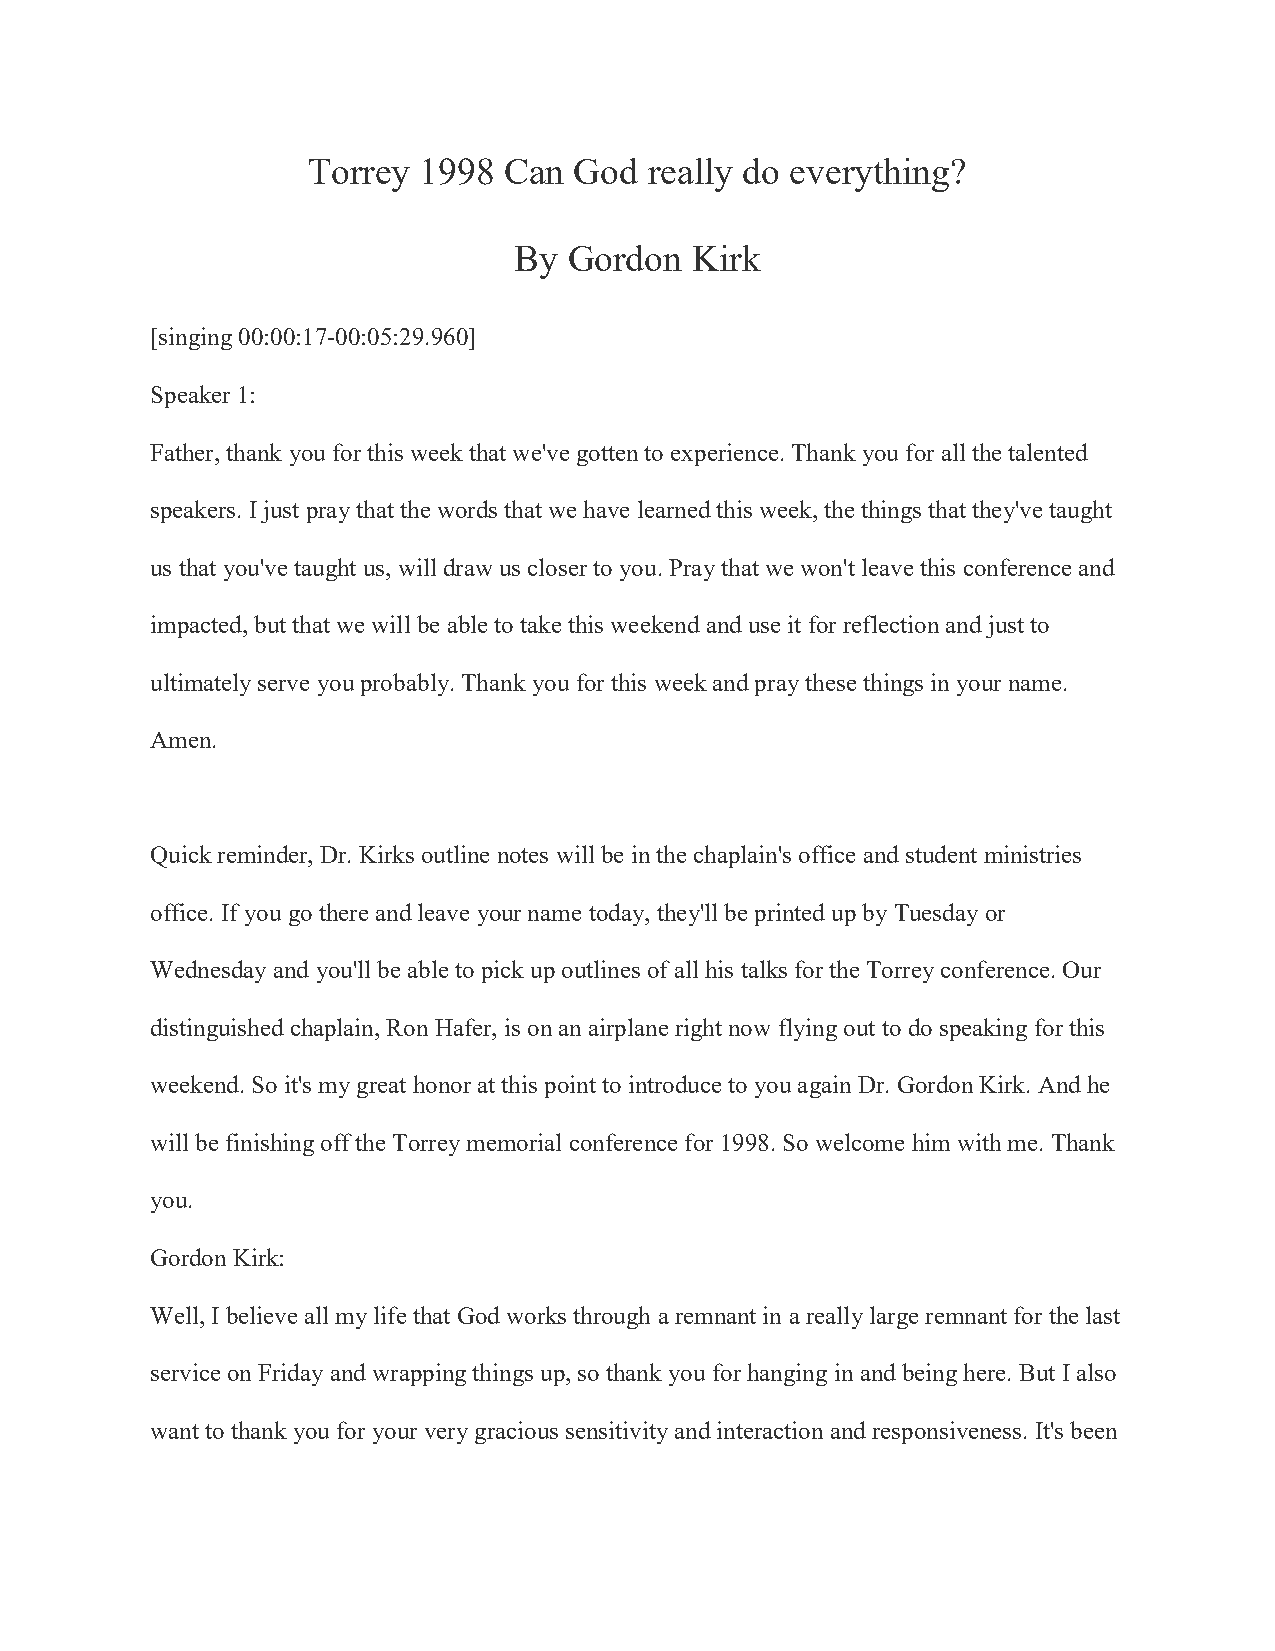
Torrey  1998 Can  God  really do everything?
 By  Gordon  Kirk
 [singing 00:00:17-00:05:29.960]
 Speaker 1:
 Father, thank you for this week that we've gotten to experience. Thank you for all the talented
 speakers. I just pray that the words that we have learned this week, the things that they've taught
 us that you've taught us, will draw us closer to you. Pray that we won't leave this conference and
 impacted, but that we will be able to take this weekend and use it for reflection and just to
 ultimately serve you probably. Thank you for this week and pray these things in your name.
 Amen.
 Quick reminder, Dr. Kirks outline notes will be in the chaplain's office and student ministries
 office. If you go there and leave your name today, they'll be printed up by Tuesday or
 Wednesday and you'll be able to pick up outlines of all his talks for the Torrey conference. Our
 distinguished chaplain, Ron Hafer, is on an airplane right now flying out to do speaking for this
 weekend. So it's my great honor at this point to introduce to you again Dr. Gordon Kirk. And he
 will be finishing off the Torrey memorial conference for 1998. So welcome him with me. Thank
 you.
 Gordon Kirk:
 Well, I believe all my life that God works through a remnant in a really large remnant for the last
 service on Friday and wrapping things up, so thank you for hanging in and being here. But I also
 want to thank you for your very gracious sensitivity and interaction and responsiveness. It's been